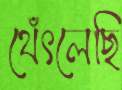
থেঁৎলেছি